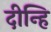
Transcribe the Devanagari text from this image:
दीन्हि